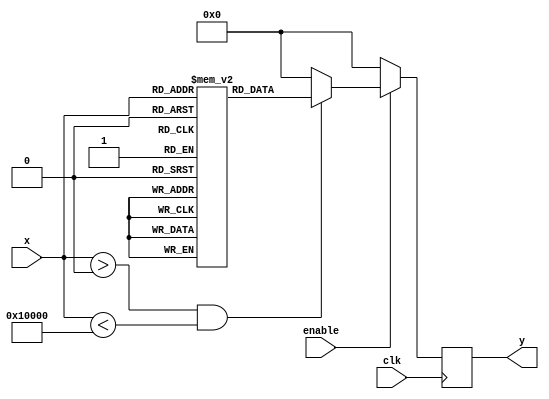
module approx_reciprocal #(
    parameter INPUT_WIDTH = 16,   // Input bit width
    parameter OUTPUT_WIDTH = 16    // Output bit width
) (
    input wire clk,                // Clock signal
    input wire enable,             // Enable signal
    input wire [INPUT_WIDTH-1:0] x, // Input value (fixed-point)
    output reg [OUTPUT_WIDTH-1:0] y // Approximate reciprocal output
);

    // Lookup Table for quick approximation
    reg [OUTPUT_WIDTH-1:0] lut [(1 << INPUT_WIDTH)-1:0];

    initial begin
        // Initialize LUT with approximate values.
        // Values can be pre-computed or derived from a function,
        // for example: lut[i] = ApproximateValue(1/i)
        // Here we should prepopulate the LUT based on some approximation function
    end

    always @(posedge clk) begin
        if(enable) begin
            // Simple approximation using LUT based on input x
            if (x > 0 && x < (1 << INPUT_WIDTH)) begin
                y <= lut[x]; // Lookup the approximate reciprocal
            end else begin
                y <= 0; // Handle out of range values
            end
        end else begin
            y <= 0; // Output logic when not enabled
        end
    end

    // Rounding mechanism could be integrated here if needed
    
endmodule